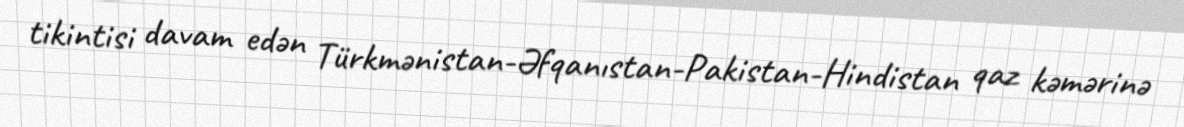
tikintisi davam edən Türkmənistan-Əfqanıstan-Pakistan-Hindistan qaz kəmərinə